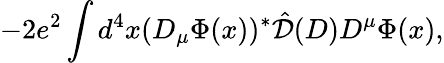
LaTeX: -2e^{2}\int d^{4}x(D_{\mu}\Phi(x))^{*}{\hat{\cal D}}(D)D^{\mu}\Phi(x),